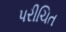
પરીચિત